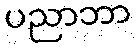
ပညာဘာ